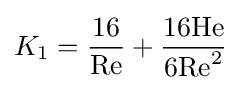
K_{1}={16 \over \mathrm {Re} }+{16\mathrm {He}  \over 6\mathrm {Re} ^{2}}